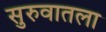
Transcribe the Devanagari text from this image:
सुरुवातला